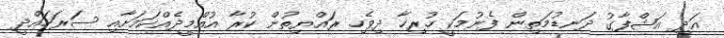
އަދި އަޝްފާގު ދަނޑުމަތިން ފެނުމަކީ ހުރިހާ ދިވެހި ރައްޔިތުން ކުރާ އުއްމީދެއްކަމަށާއި ސަރަހައްދީ